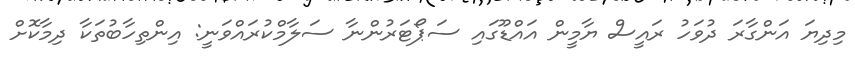
މިދިޔަ އަންގާރަ ދުވަހު ރައީސް ޔާމީން އައްޑޫގައި ސަޕޯޓަރުންނާ ސަލާމްކުރައްވަނީ: އިންތިހާބުތަކާ ދިމާކޮށް